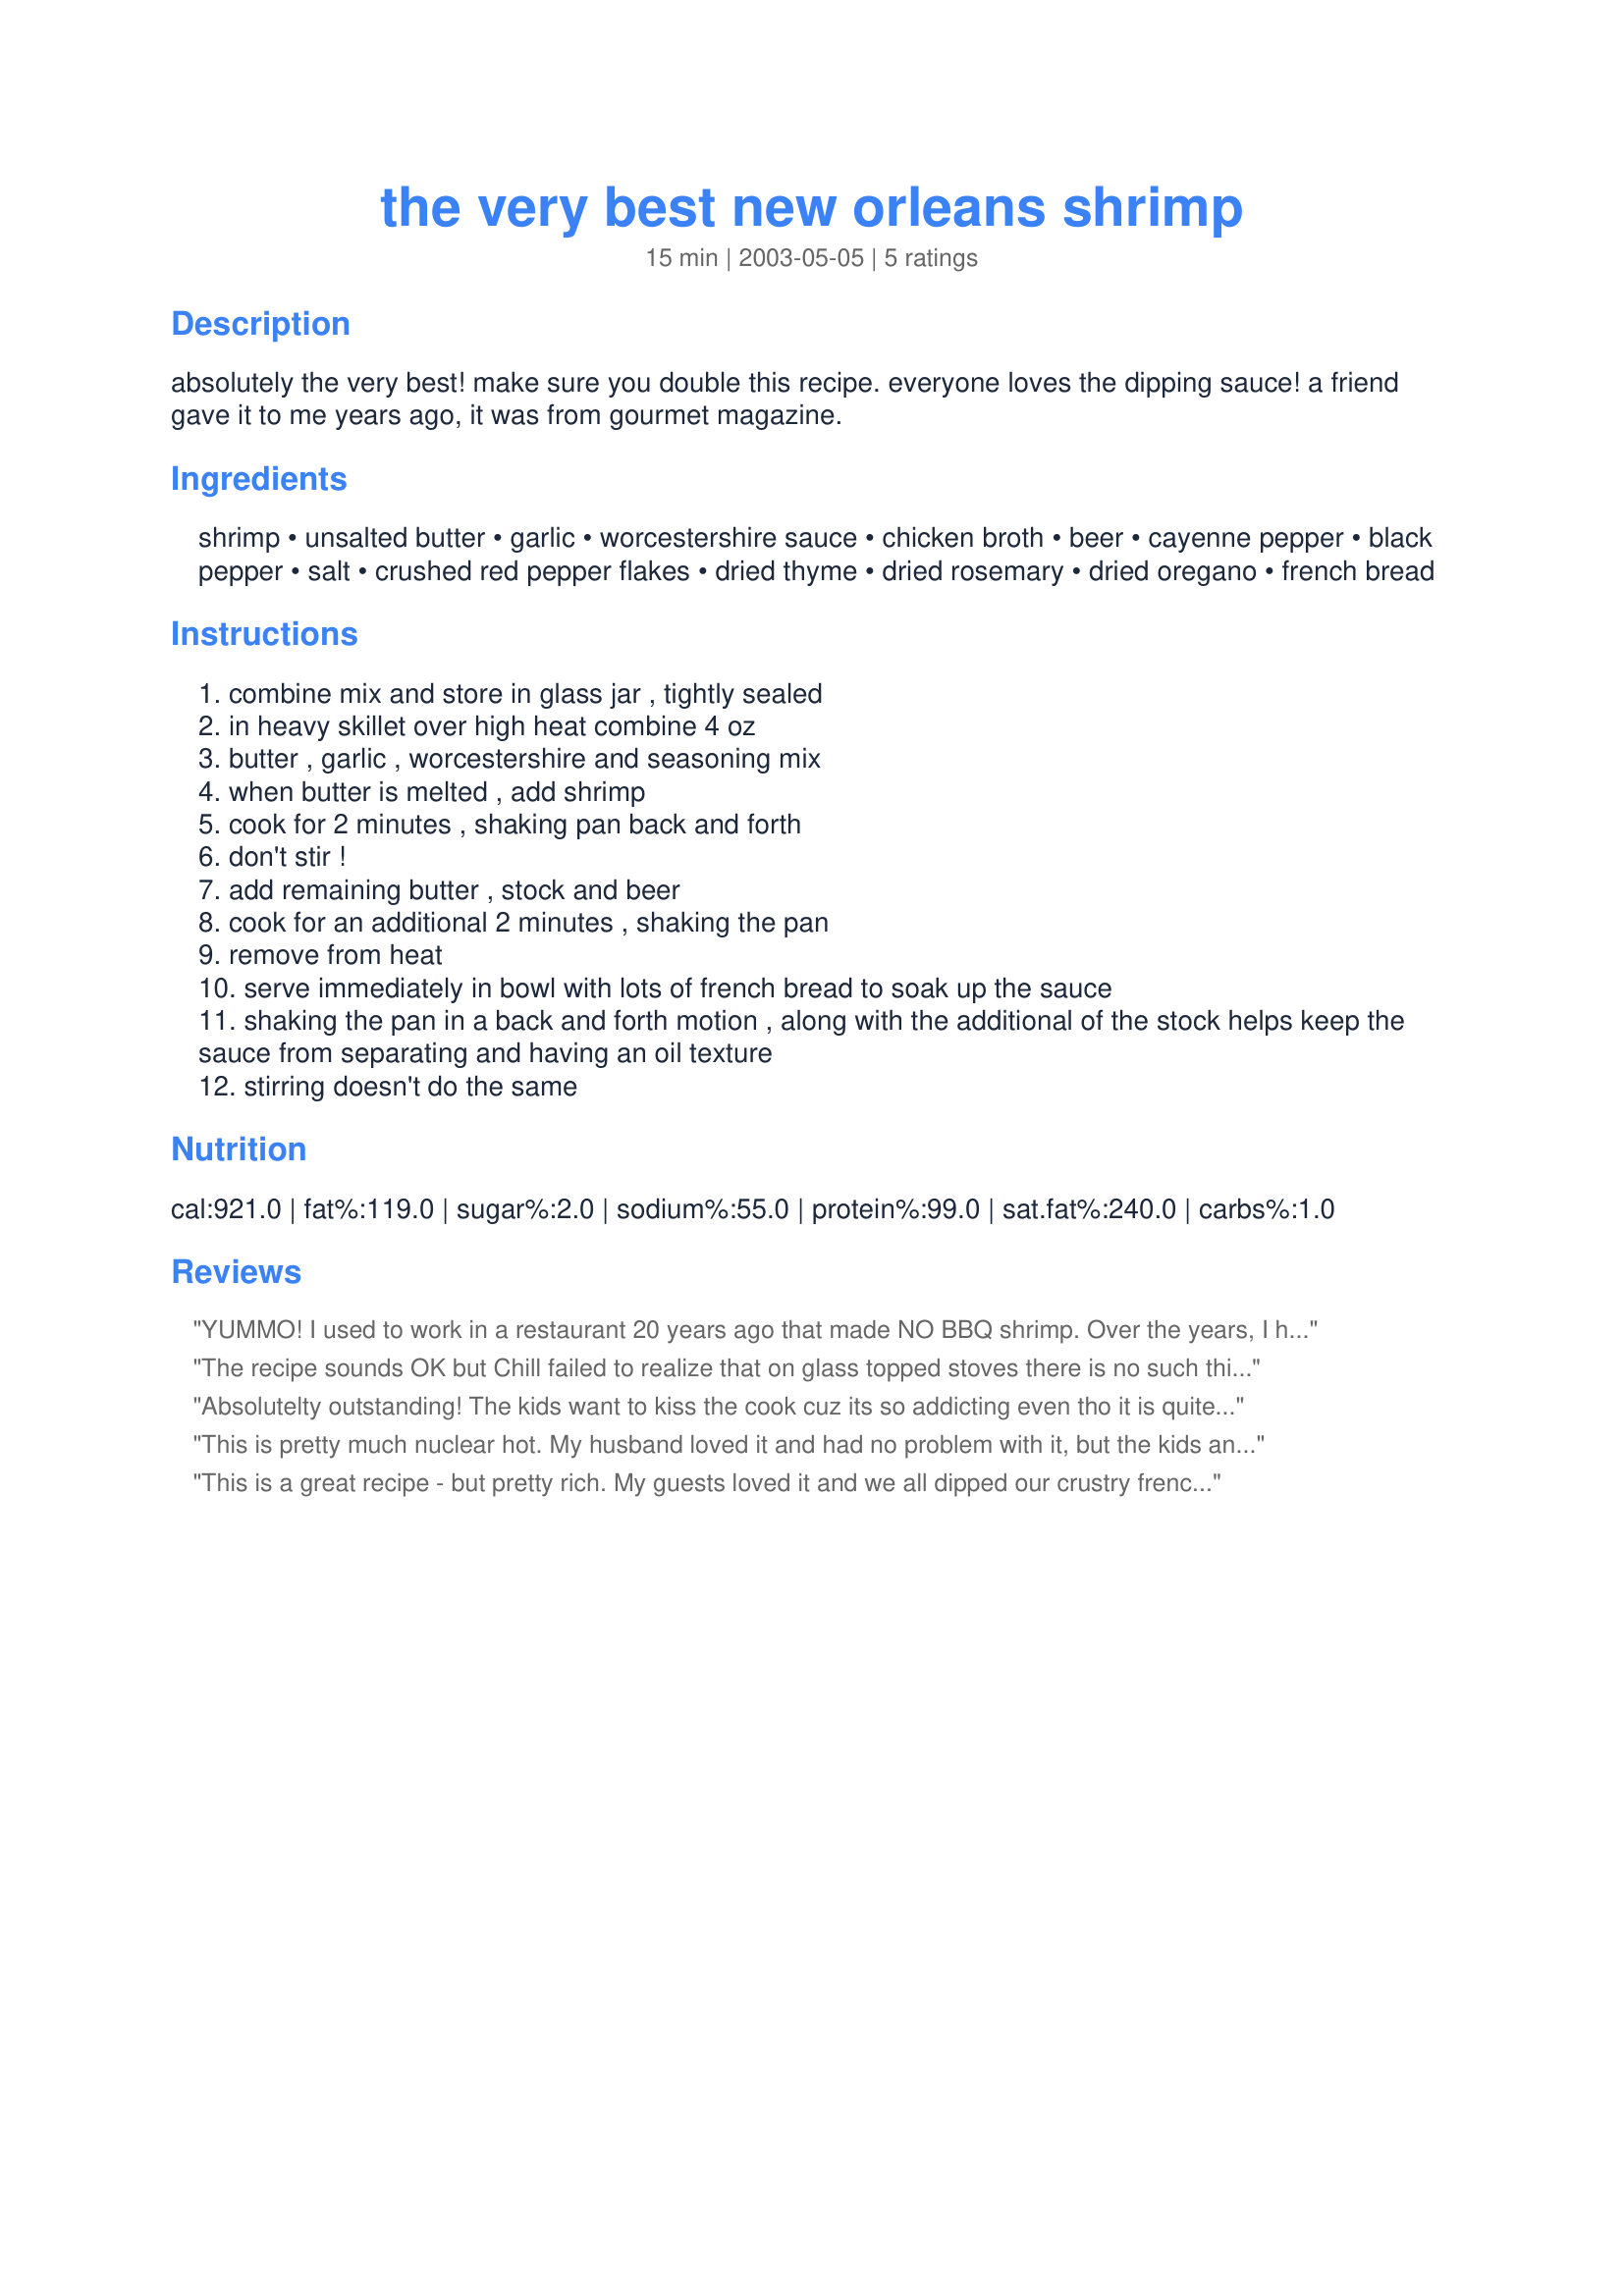
the very best new orleans shrimp
Preparation time: 15 minutes

absolutely the very best! make sure you double this recipe. everyone loves the dipping sauce! a friend gave it to me years ago, it was from gourmet magazine.

Ingredients:
shrimp, unsalted butter, garlic, worcestershire sauce, chicken broth, beer, cayenne pepper, black pepper, salt, crushed red pepper flakes, dried thyme, dried rosemary, dried oregano, french bread

Steps:
combine mix and store in glass jar , tightly sealed
in heavy skillet over high heat combine 4 oz
butter , garlic , worcestershire and seasoning mix
when butter is melted , add shrimp
cook for 2 minutes , shaking pan back and forth
don't stir !
add remaining butter , stock and beer
cook for an additional 2 minutes , shaking the pan
remove from heat
serve immediately in bowl with lots of french bread to soak up the sauce
shaking the pan in a back and forth motion , along with the additional of the stock helps keep the sauce from separating and having an oil texture
stirring doesn't do the same

Reviews:
YUMMO! I used to work in a restaurant 20 years ago that made NO BBQ shrimp. Over the years, I have tried to recreate the recipe, but never really came close. THIS IS IT! The only thing I changed is I reduced the butter to only 2 tablespoons for the whole dish - but what makes this dish was the spicy seasoning mix. I will make this often. THANK YOU!!!!
The recipe sounds OK but Chill failed to realize that on glass topped stoves there is no such thing as "shake the pan" unless you don't mind ruining the glass.....
Absolutelty outstanding! The kids want to kiss the cook cuz its so addicting even tho it is quite spicy hot but you can't stop eating it!MMMMMMMMMMMM If you don't soak up all the sauce with bread, it can be added to a chicken stock soup with the addition of only fine egg noodles maybe a little broccoli, Guaranteed great gourmet taste. Keep em coming CHILL!
This is pretty much nuclear hot. My husband loved it and had no problem with it, but the kids and I ate between gulps of milk to cool our mouths. Don't get me wrong, it is delicious, but if you are spice challenged, you might want to kick the cayenne down a notch. Thanks for sharing Chill!
This is a great recipe - but pretty rich. My guests loved it and we all dipped our crustry french bread in the juice - great.
